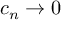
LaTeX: c _ { n } \rightarrow 0